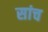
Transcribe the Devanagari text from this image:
सांच